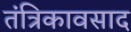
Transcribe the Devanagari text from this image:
तंत्रिकावसाद